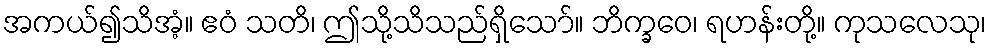
အကယ်၍သိအံ့။ ဧဝံ သတိ၊ ဤသို့သိသည်ရှိသော်။ ဘိက္ခဝေ၊ ရဟန်းတို့။ ကုသလေသု၊